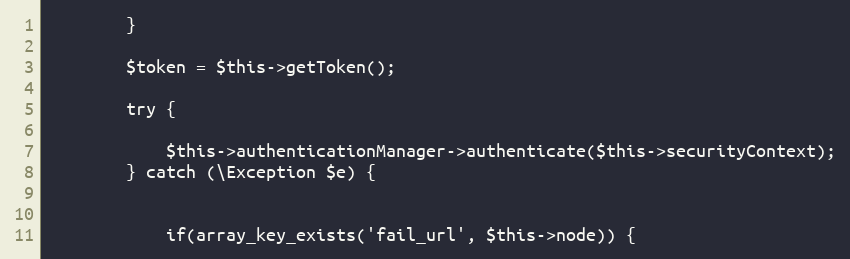
Language: PHP
        }

        $token = $this->getToken();

        try {

            $this->authenticationManager->authenticate($this->securityContext);
        } catch (\Exception $e) {

            if(array_key_exists('fail_url', $this->node)) {